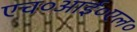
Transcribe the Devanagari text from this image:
एच०आई०एल०